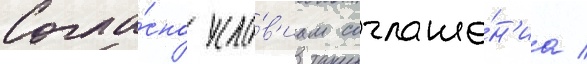
Согла́сно усло́в'иам соглаше́н'иа /